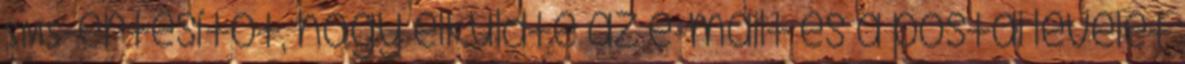
SMS-értesítőt, hogy elküldte az e-mailt és a postai levelet